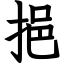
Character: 挹